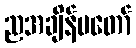
ညအချိန်မတော်